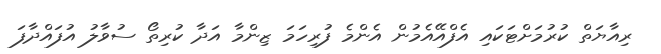
ރިއާޔަތް ކުރުމަށްޓަކައި އެފްއޭއެމުން އެންމެ ފުރިހަމަ ޒިންމާ އަދާ ކުރިތޯ ސުވާލު އުފައްދާފަ